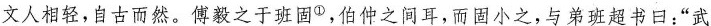
文人相轻，自古而然。傅毅之于班固^{①}，伯仲之间耳，而固小之，与弟班超书日：”武